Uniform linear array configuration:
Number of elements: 48
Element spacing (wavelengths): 0.5
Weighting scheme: hann
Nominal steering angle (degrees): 15
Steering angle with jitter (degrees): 13.717
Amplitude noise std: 0.05
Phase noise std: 0.05

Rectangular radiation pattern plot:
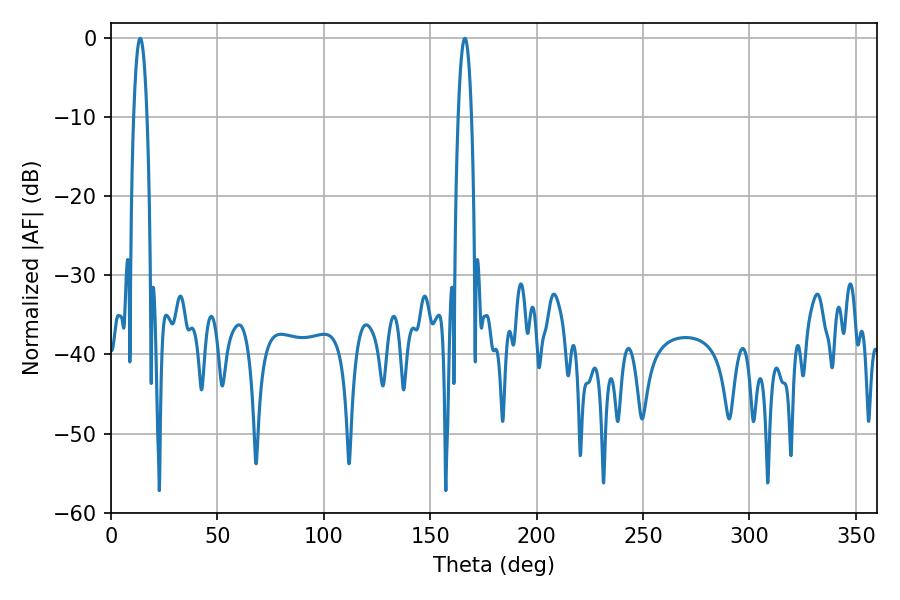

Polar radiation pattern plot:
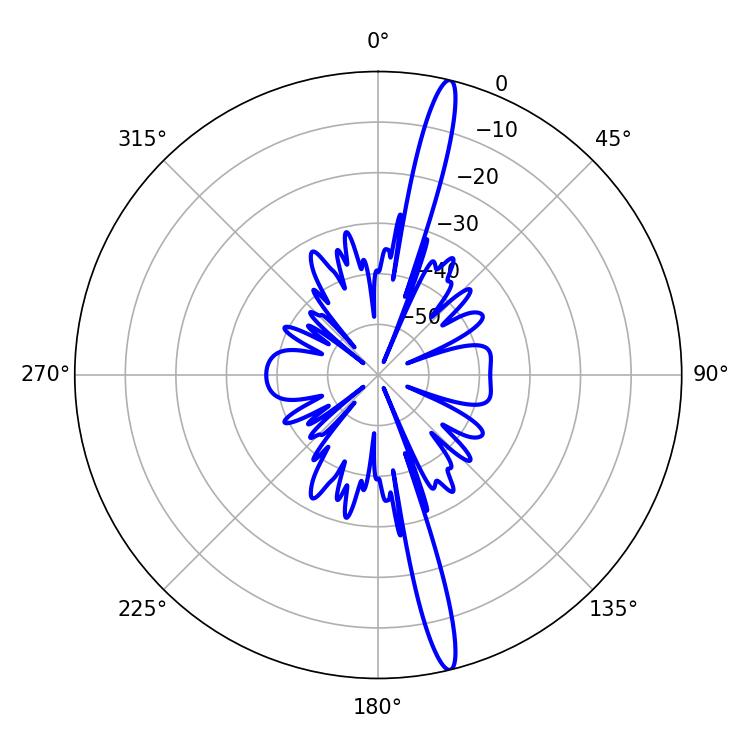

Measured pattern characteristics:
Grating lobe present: FALSE
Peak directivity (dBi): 18.056
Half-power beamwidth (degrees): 3.42
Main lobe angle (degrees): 13.68